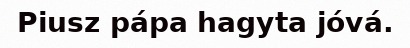
Piusz pápa hagyta jóvá.